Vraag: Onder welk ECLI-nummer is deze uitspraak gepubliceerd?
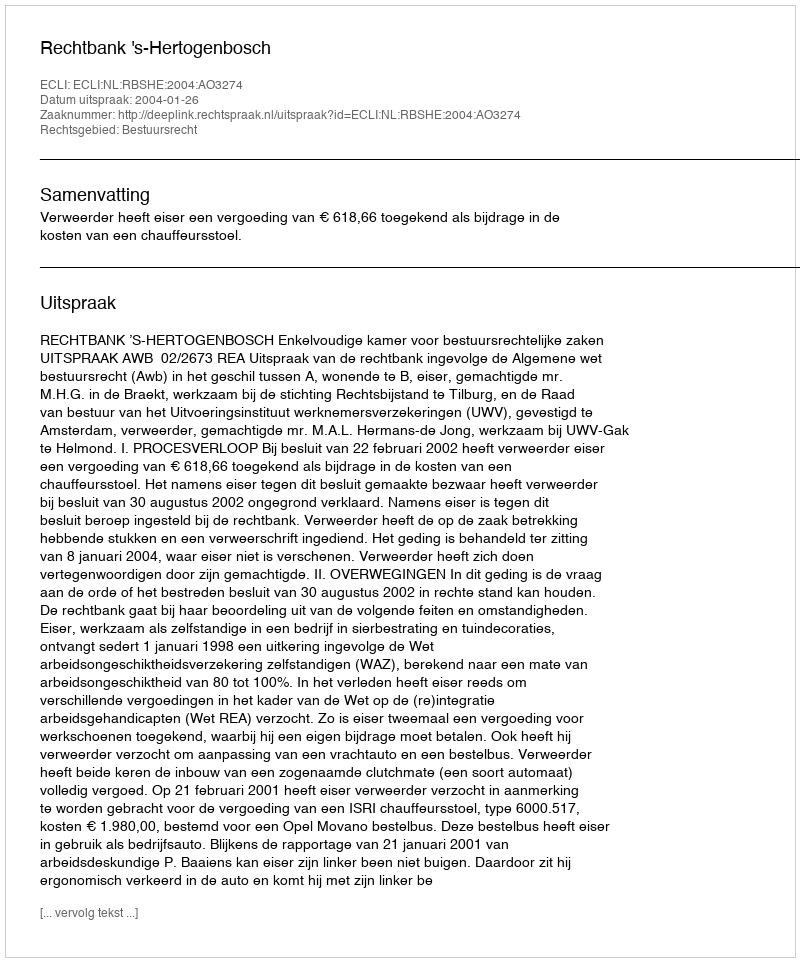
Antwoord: ECLI:NL:RBSHE:2004:AO3274